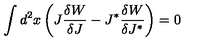
\int d ^ { 2 } x \left( J \frac { \delta W } { \delta J } - J ^ { \ast } \frac { \delta W } { \delta J ^ { \ast } } \right) = 0